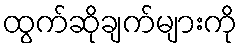
ထွက်ဆိုချက်များကို